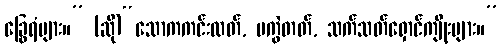
ခြွေရံများ။” (ဆို)“သောကကင်းလတ်, မကွဲတတ်, သက်သတ်ရှောင်ကျိုးများ။”